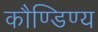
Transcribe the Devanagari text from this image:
कौण्डिण्य